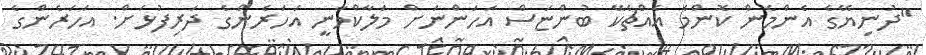
"ދުނިޔޭގެ އެންމެން ކޮންމެ އެއްޗެކޭ ބުންޏަސް އަހަންނަށް މަލާކްވާނީ އަހަރެންގެ ދަރިފުޅަށް. އަހަރެންގެ